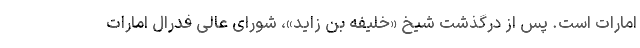
امارات است. پس از درگذشت شیخ «خلیفه بن زاید»، شورای عالی فدرال امارات